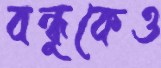
বন্ধুকেও